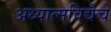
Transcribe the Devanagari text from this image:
अध्यात्मविद्येचे